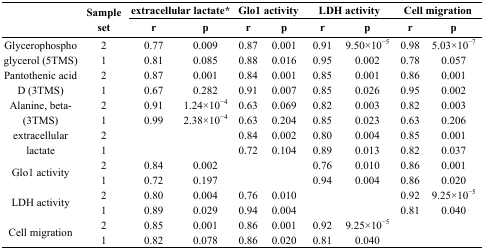
| <ROWSPAN=2>  | <ROWSPAN=2> Sample set | <COLSPAN=2> extracellular lactate* | <COLSPAN=2> Glo1 activity | <COLSPAN=2> LDH activity | <COLSPAN=2> Cell migration |
 | r | p | r | p | r | p | r | p |
 | --- | --- | --- | --- | --- | --- | --- | --- | --- | --- |
 | <ROWSPAN=2> Glycerophosphoglycerol (5TMS) | 2 | 0.77 | 0.009 | 0.87 | 0.001 | 0.91 | 9.50×10−5 | 0.98 | 5.03×10−7 |
 | 1 | 0.81 | 0.085 | 0.88 | 0.016 | 0.95 | 0.002 | 0.78 | 0.057 |
 | <ROWSPAN=2> Pantothenic acid D (3TMS) | 2 | 0.87 | 0.001 | 0.84 | 0.001 | 0.85 | 0.001 | 0.86 | 0.001 |
 | 1 | 0.67 | 0.282 | 0.91 | 0.007 | 0.85 | 0.026 | 0.95 | 0.002 |
 | <ROWSPAN=2> Alanine, beta- (3TMS) | 2 | 0.91 | 1.24×10−4 | 0.63 | 0.069 | 0.82 | 0.003 | 0.82 | 0.003 |
 | 1 | 0.99 | 2.38×10−4 | 0.63 | 0.204 | 0.85 | 0.023 | 0.63 | 0.206 |
 | <ROWSPAN=2> extracellular lactate | 2 |  |  | 0.84 | 0.002 | 0.80 | 0.004 | 0.85 | 0.001 |
 | 1 |  |  | 0.72 | 0.104 | 0.89 | 0.013 | 0.82 | 0.037 |
 | <ROWSPAN=2> Glo1 activity | 2 | 0.84 | 0.002 |  |  | 0.76 | 0.010 | 0.86 | 0.001 |
 | 1 | 0.72 | 0.197 |  |  | 0.94 | 0.004 | 0.86 | 0.020 |
 | <ROWSPAN=2> LDH activity | 2 | 0.80 | 0.004 | 0.76 | 0.010 |  |  | 0.92 | 9.25×10−5 |
 | 1 | 0.89 | 0.029 | 0.94 | 0.004 |  |  | 0.81 | 0.040 |
 | <ROWSPAN=2> Cell migration | 2 | 0.85 | 0.001 | 0.86 | 0.001 | 0.92 | 9.25×10−5 |  |  |
 | 1 | 0.82 | 0.078 | 0.86 | 0.020 | 0.81 | 0.040 |  |  |